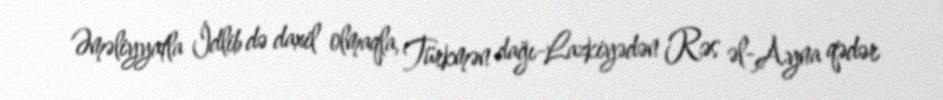
Əməliyyatla İdlib də daxil olmaqla, Türkmən dağı-Lazkiyədən Rəs əl-Ayna qədər